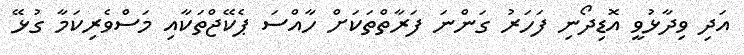
އަދި ވިދާޅުވީ އޮޑިދޯނި ފަހަރު ގަންނަ ފަރާތްތަކަށް ހާއްސަ ޕެކޭޖްތަކާއި މަސްވެރިކަމާ ގުޅޭ